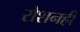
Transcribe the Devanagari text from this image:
रोशनही